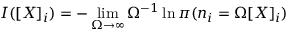
I ( [ X ] _ { i } ) = - \operatorname* { l i m } _ { \Omega \to \infty } \Omega ^ { - 1 } \ln \pi ( n _ { i } = \Omega [ X ] _ { i } )